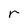
Character: r